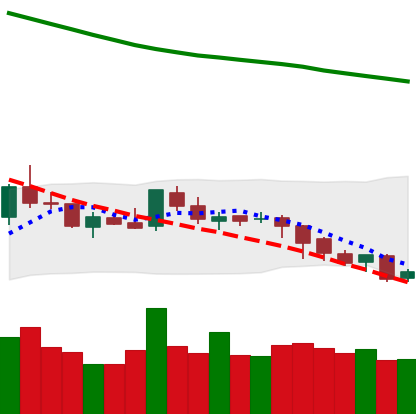
Ticker: LTC-USD
Chart end date: 2018-08-05
Forward return: -20.372%
Label: down_7plus